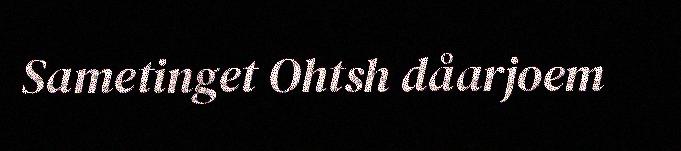
Sametinget Ohtsh dåarjoem